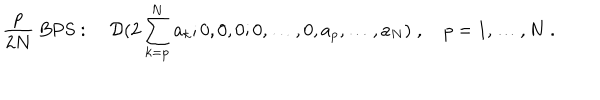
{ \frac { p } { 2 N } } \mathrm { ~ B P S } : \quad { \cal D } ( 2 \sum _ { k = p } ^ { N } a _ { k } ; 0 , 0 , 0 ; 0 , \ldots , 0 , a _ { p } , \ldots , a _ { N } ) \; , \quad p = 1 , \ldots , N \; .